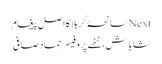
Nextسانحۂ کربلا کا اصل پیغام
شاباش، ننھے پروفیسر حماد صافی